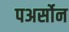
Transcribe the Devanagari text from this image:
पअर्सोन